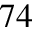
7 4